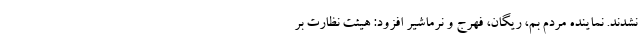
نشدند. نماینده مردم بم، ریگان، فهرج و نرماشیر افزود: هیئت نظارت بر